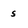
Character: s